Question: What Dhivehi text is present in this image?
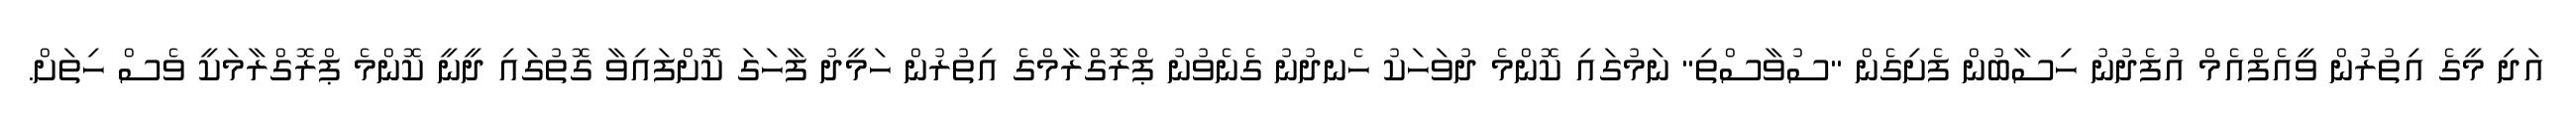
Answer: އަދި މީގެ އިތުރުން ވީއެފްއެމް އުފެދުނު ހިސާބުން ފެށިގެން "ސުވާސްތި" ނަމުގައި ކޮންމެ ދުވަހަކު ހެނދުނު ގެނެވުނު ޕްރޮގްރާމްގެ އިތުރުން ހަމީދު ފާހަގަ ކޮށްފައިވާ ގޮތުގައި ދީނީ ކޮންމެ ޕްރޮގްރާމަކީ ވެސް ހިތަށް.